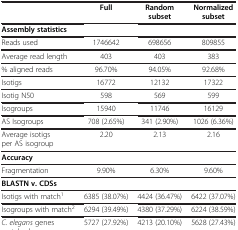
<table><thead><tr><td><b> </b></td><td><b>Full</b></td><td><b>Random subset</b></td><td><b>Normalized subset</b></td></tr></thead><tbody><tr><td><b>Assembly statistics</b></td><td> </td><td> </td><td> </td></tr><tr><td>Reads used</td><td>1746642</td><td>698656</td><td>809855</td></tr><tr><td>Average read length</td><td>403</td><td>403</td><td>383</td></tr><tr><td>% aligned reads</td><td>96.70%</td><td>94.05%</td><td>92.68%</td></tr><tr><td>Isotigs</td><td>16772</td><td>12132</td><td>17322</td></tr><tr><td>Isotig N50</td><td>598</td><td>569</td><td>599</td></tr><tr><td>Isogroups</td><td>15940</td><td>11746</td><td>16129</td></tr><tr><td>AS Isogroups</td><td>708 (2.65%)</td><td>341 (2.90%)</td><td>1026 (6.36%)</td></tr><tr><td>Average isotigs per AS isogroup</td><td>2.20</td><td>2.13</td><td>2.16</td></tr><tr><td><b>Accuracy</b></td><td> </td><td> </td><td> </td></tr><tr><td>Fragmentation</td><td>9.90%</td><td>6.30%</td><td>9.60%</td></tr><tr><td><b>BLASTN v. CDSs</b></td><td> </td><td> </td><td> </td></tr><tr><td>Isotigs with match<sup>1</sup></td><td>6385 (38.07%)</td><td>4424 (36.47%)</td><td>6422 (37.07%)</td></tr><tr><td>Isogroups with match<sup>2</sup></td><td>6294 (39.49%)</td><td>4380 (37.29%)</td><td>6224 (38.59%)</td></tr><tr><td><i>C. elegans</i> genes matched</td><td>5727 (27.92%)</td><td>4213 (20.10%)</td><td>5628 (27.43%)</td></tr></tbody></table>